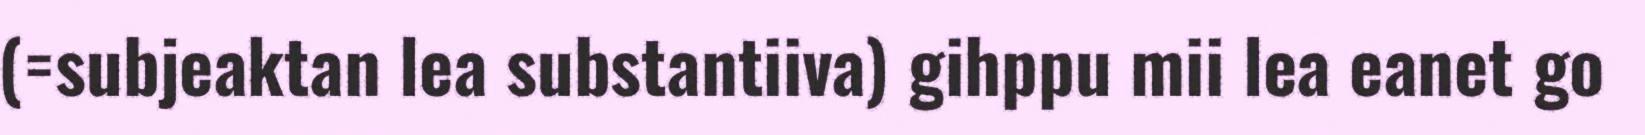
(=subjeaktan lea substantiiva) gihppu mii lea eanet go